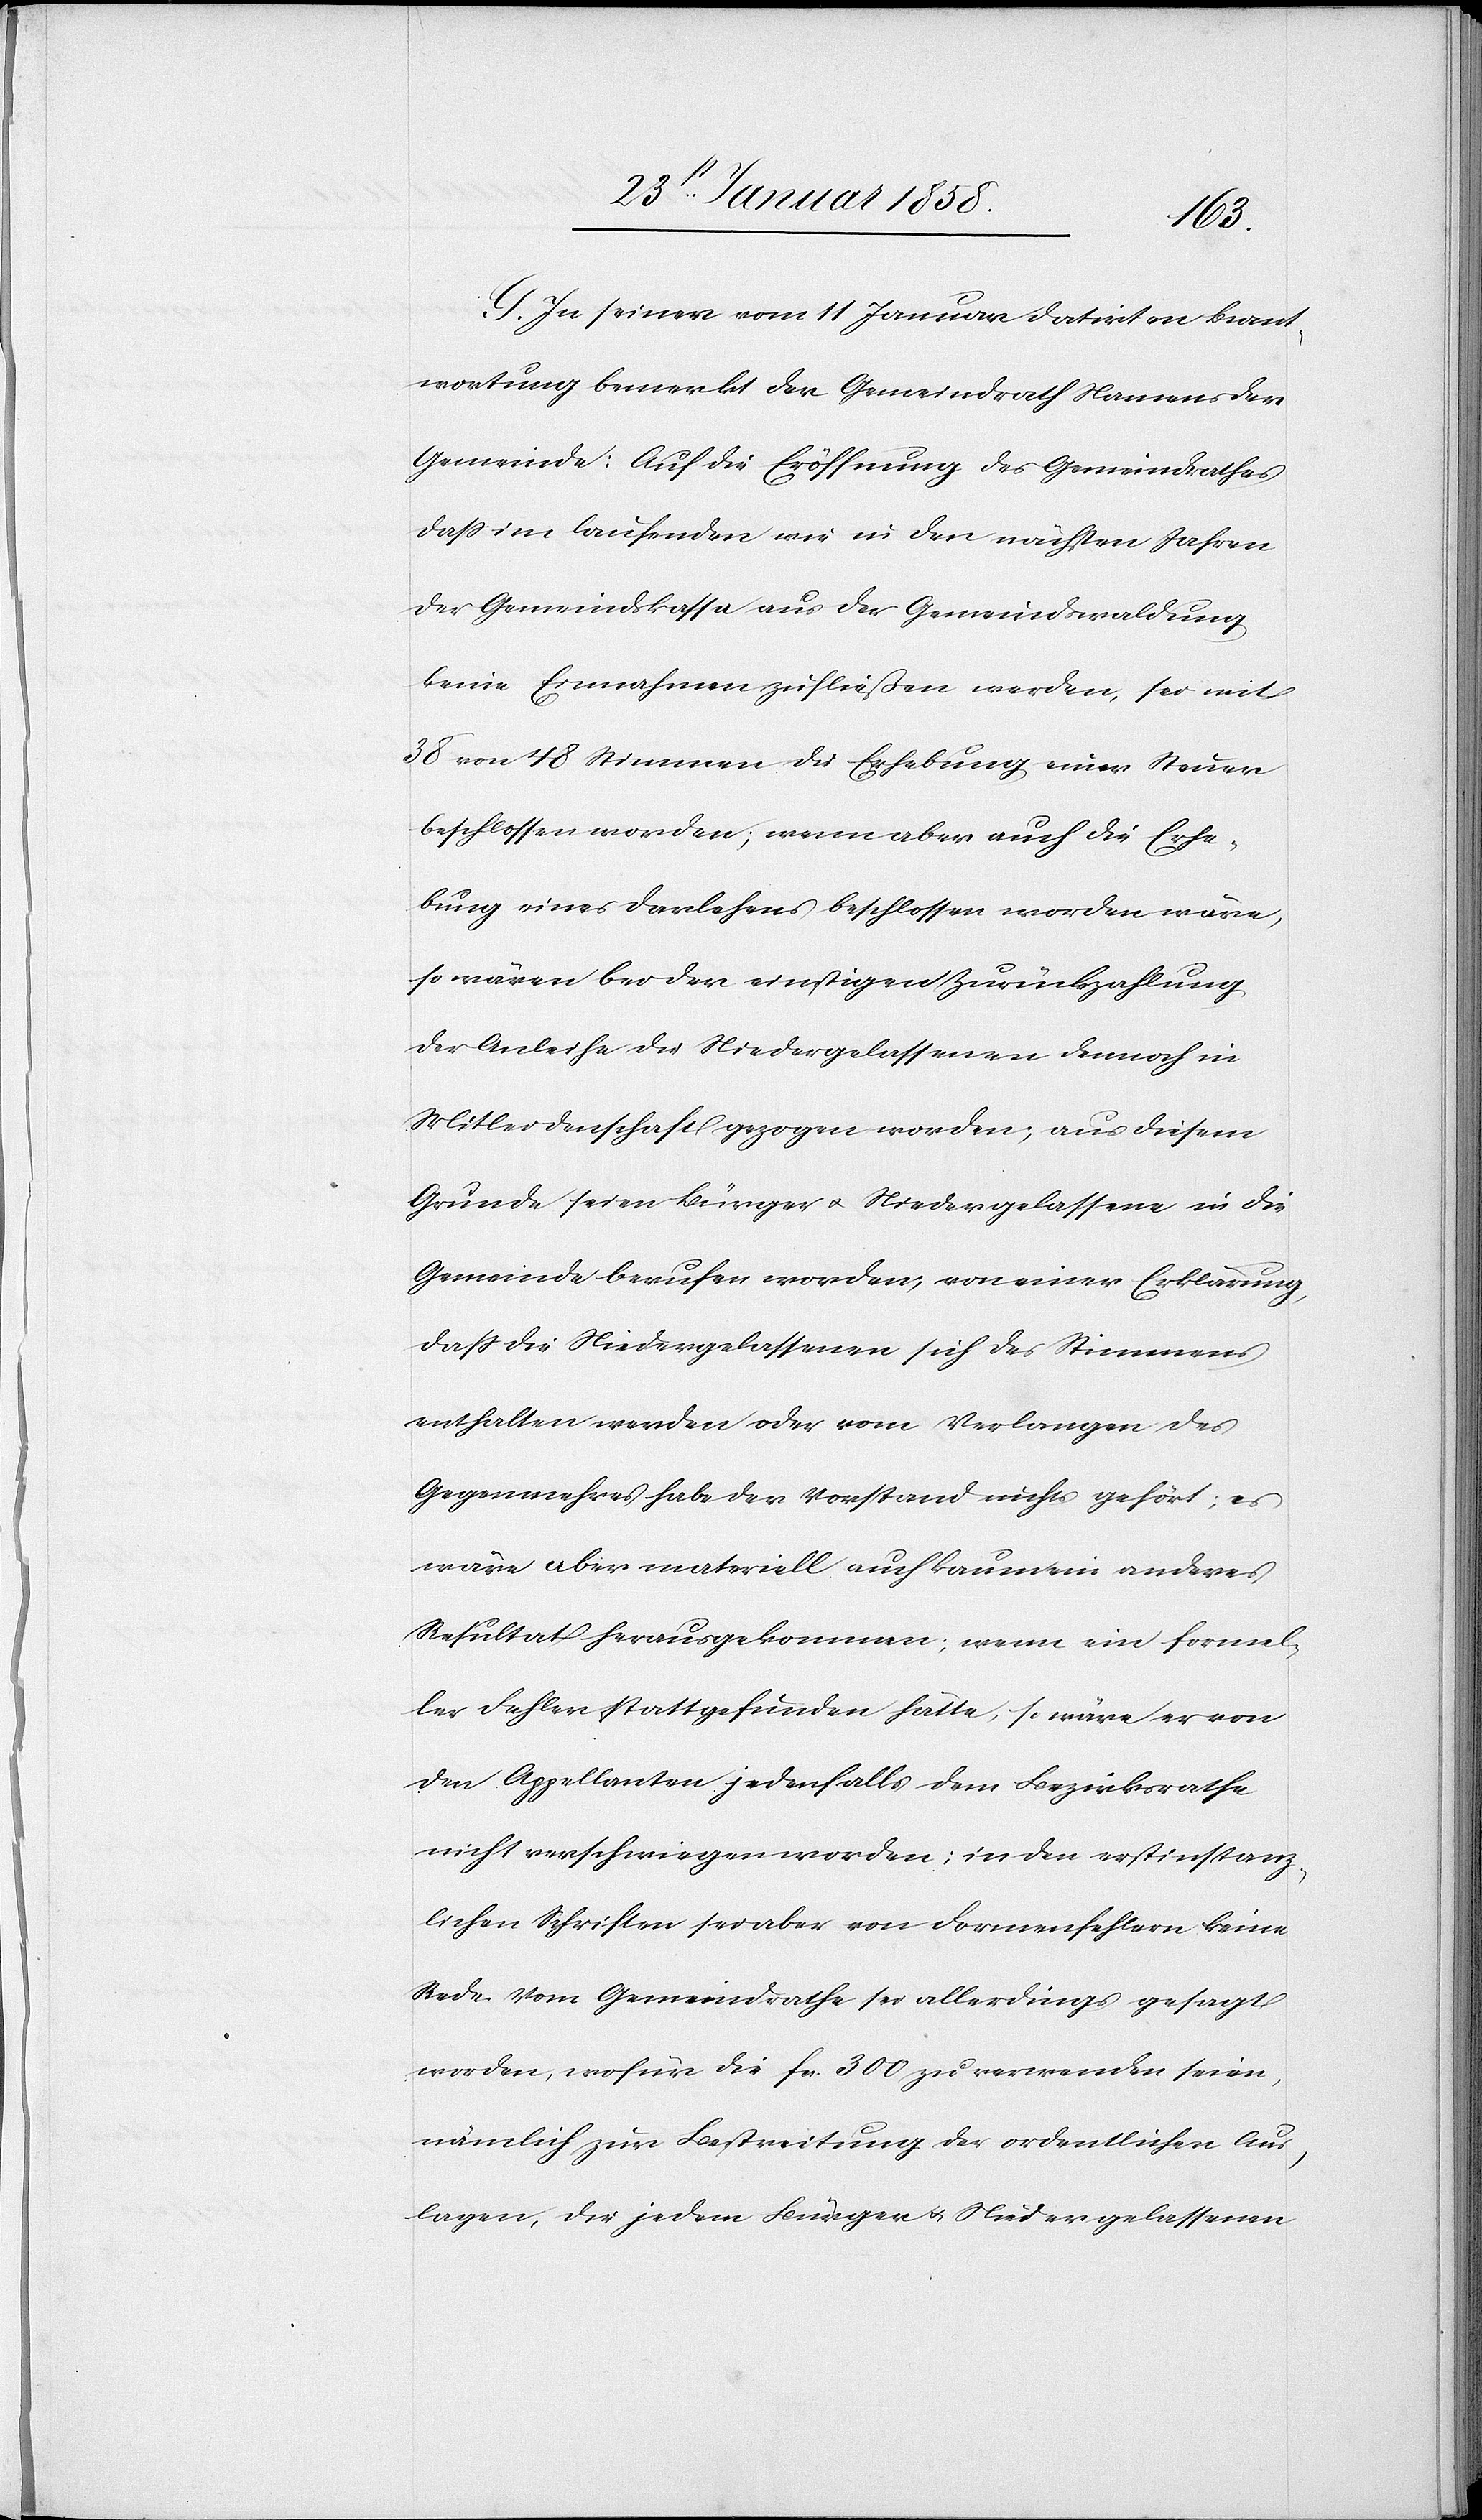
G. In seiner vom 11 Januar datirten Beant¬
wortung bemerkt der Gemeindrath Namens der
Gemeinde: Auf die Eröffnung des Gemeindrathes
daß im laufenden wie in den nächsten Jahren
der Gemeindskassa aus der Gemeindswaldung
keine Einnahmen zufließen werden, sei mit
38 von 48 Stimmen die Erhebung einer Steuer
beschlossen worden; wenn aber auch die Erhe¬
bung eines Darlehens beschlossen worden wäre,
so wären bei der einstigen Zurückzahlung
der Anleihe die Niedergelassenen dennoch in
Mitleidenschaft gezogen worden; aus diesem
Grunde seien Bürger u. Niedergelassene in die
Gemeinde berufen worden, von einer Erklärung,
daß die Niedergelassenen sich des Stimmens
enthalten werden oder vom Verlangen des
Gegenmehres habe der Vorstand nichts gehört; es
wäre aber materiell auch kaum ein anderes
Resultat herausgekommen; wenn ein formel¬
les Fehlen stattgefunden hätte, so wäre er von
den Appellanten jedenfalls dem Bezirksrathe
nicht verschwiegen worden; in den erstinstanz¬
lichen Schriften sei aber von Formenfehlern keine
Rede. Vom Gemeindrathe sei allerdings gesagt
worden, wofür die fcs. 300 zu verwenden seien,
nämlich zur Bestreitung der ordentlichen Aus¬
lagen, die jedem Bürger u. Niedergelassenen